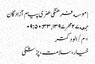
| موسسه فرهنگی هنری پیام آزادگان
جمعه ۲۷ مهر ۱۳۹۷ , ۰۹:۵۰:۳۳
*م/الودکتر
خیار،سلامت،پزشکی